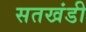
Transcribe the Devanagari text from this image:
सतखंडी